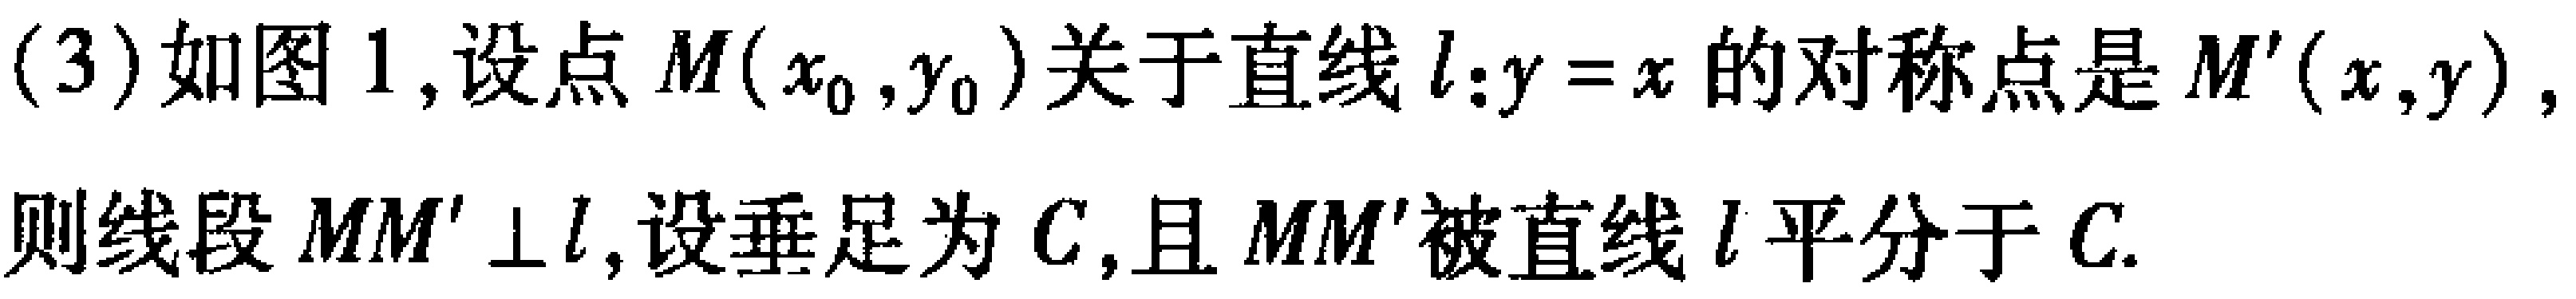
(3)如图1,设点$M(x_{0},y_{0})$关于直线$l:y = x$的对称点是$M'(x,y)$,则线段$MM'\perp l$,设垂足为$C$,且$MM'$被直线$l$平分于$C$.